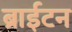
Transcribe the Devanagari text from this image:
ब्राईटन